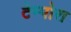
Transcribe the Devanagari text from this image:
टेम्पोरा